Plague in India, 1896, 1897 - Volume 3
Year: 1896
Disease focus: Plague
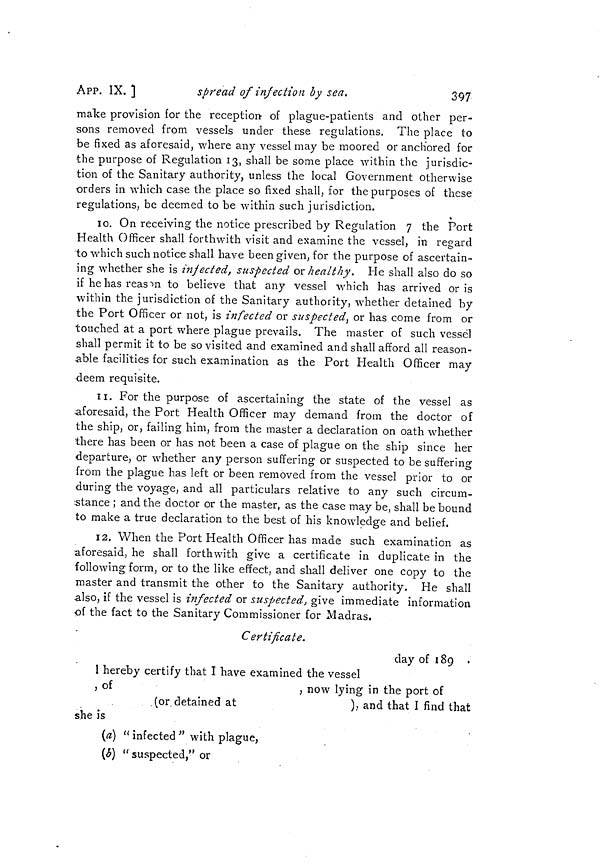
397
APP. IX, ]
spread of infection by sea.
make provision for the reception of plague-patients and other per-
sons removed from vessels under these regulations. The place to
be fixed as aforesaid, where any vessel may be moored or anchored for
the purpose of Regulation 13, shall be some place within the jurisdic-
tion of the Sanitary authority, unless the local Government otherwise
orders in which case the place so fixed shall, for the purposes of these
regulations, be deemed to be within such jurisdiction.
10. On receiving the notice prescribed by Regulation 7 the Port
Health Officer shall forthwith visit and examine the vessel, in regard
to which such notice shall have been given, for the purpose of ascertain-
ing whether she is infected, suspected or healthy. He shall also do so
if he has reason to believe that any vessel which has arrived or is
within the jurisdiction of the Sanitary authority, whether detained by
the Port Officer or not, is infected or suspected, or has come from or
touched at a port where plague prevails. The master of such vessel
shall permit it to be so visited and examined and shall afford all reason-
able facilities for such examination as the Port Health Officer may
deem requisite.
11. For the purpose of ascertaining the state of the vessel as
aforesaid, the Port Health Officer may demand from the doctor of
the ship, or, failing him, from the master a declaration on oath whether
there has been or has not been a case of plague on the ship since her
departure, or whether any person suffering or suspected to be suffering
from the plague has left or been removed from the vessel prior to or
during the voyage, and all particulars relative to any such circum-
stance ; and the doctor or the master, as the case may be, shall be bound
to make a true declaration to the best of his knowledge and belief.
12. When the Port Health Officer has made such examination as
aforesaid, he shall forthwith give a certificate in duplicate in the
following form, or to the like effect, and shall deliver one copy to the
master and transmit the other to the Sanitary authority. He shall
also, if the vessel is infected or suspected, give immediate information
of the fact to the Sanitary Commissioner for Madras.
Certificate.
clay of 189 .
1 hereby certify that I have examined the vessel
, of
, now lying in the port of
(or detained at
), and that I find that
she is
(a) " infected " with plague,
(b) " suspected," or